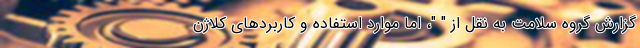
گزارش گروه سلامت به نقل از " "، اما موارد استفاده و کاربردهای کلاژن